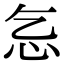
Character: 𢖴